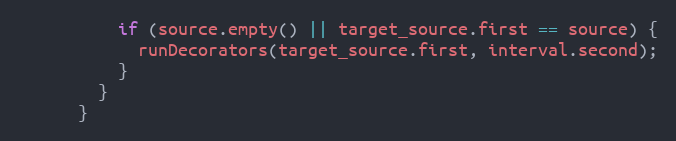
Language: C++
          if (source.empty() || target_source.first == source) {
            runDecorators(target_source.first, interval.second);
          }
        }
      }